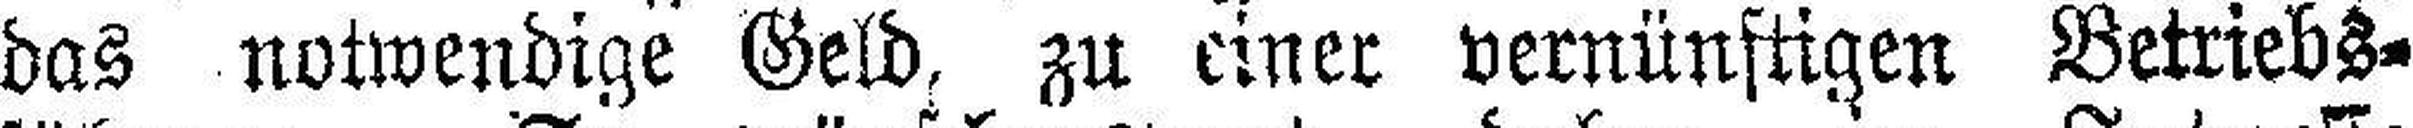
das notwendige Geld, zu einer vernünftigen Betriebs¬